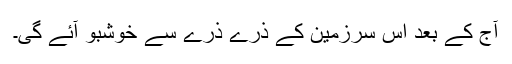
آج کے بعد اس سرزمین کے ذرے ذرے سے خوشبو آئے گی۔